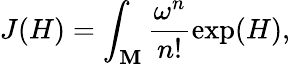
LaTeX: J(H)=\int_{\mathbf{M}}\frac{{\omega^{n}}}{{n!}}\exp(H),